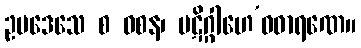
ဥပဒေသေ စ ဝစန၊ ပဋိဂ္ဂါဟေ’ဝဓာရဏေ။